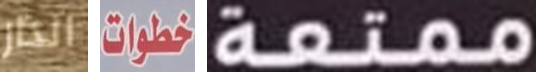
انذار خطوات ممتعة